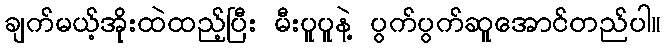
ချက်မယ့်အိုးထဲထည့်ပြီး မီးပူပူနဲ့ ပွက်ပွက်ဆူအောင်တည်ပါ။